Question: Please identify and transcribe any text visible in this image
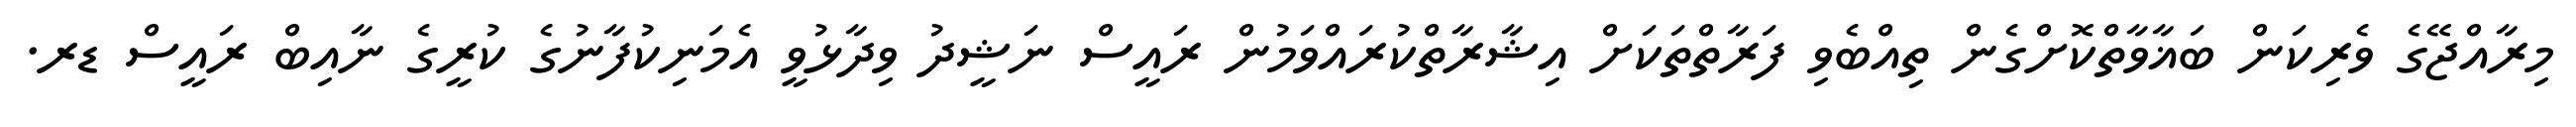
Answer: މިރާއްޖޭގެ ވެރިކަން ބަޣާވާތްކޮށްގެން ތިއްބެވި ފަރާތްތަކަށް އިޝާރާތްކުރައްވަމުން ރައީސް ނަޝީދު ވިދާޅުވީ އެމަނިކުފާނުގެ ކުރީގެ ނާއިބް ރައީސް ޑރ.